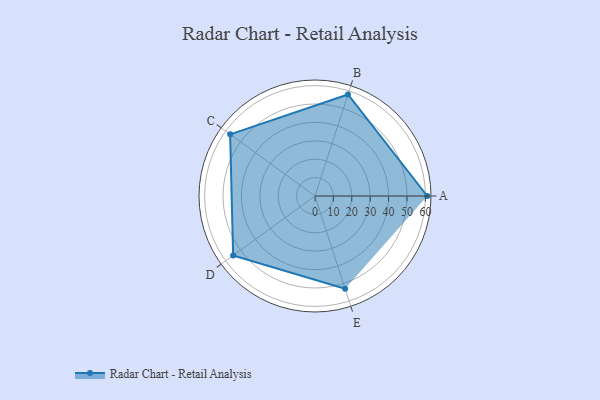
{"axis": {"x": "Skill", "y": "Score"}, "legend": ["Profile"], "data": [{"x": "A", "y": 61.0, "type": "Profile"}, {"x": "B", "y": 58.0, "type": "Profile"}, {"x": "C", "y": 57.0, "type": "Profile"}, {"x": "D", "y": 55.0, "type": "Profile"}, {"x": "E", "y": 53.0, "type": "Profile"}]}